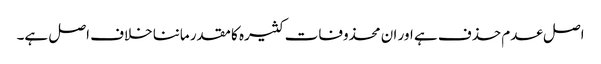
اصل عدم حذف ہے اور ان محذوفات کثیرہ کا مقدر ماننا خلاف اصل ہے۔